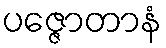
ပဇ္ဇောတာနံ